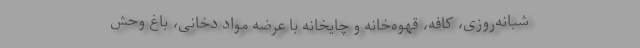
شبانه‌روزی، کافه، قهوه‌خانه و چایخانه با عرضه مواد دخانی، باغ وحش